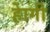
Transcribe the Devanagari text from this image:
हेागी